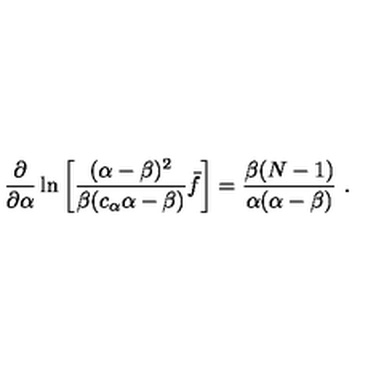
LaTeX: \frac { \partial } { \partial \alpha } \ln \left[ \frac { ( \alpha - \beta ) ^ { 2 } } { \beta ( c _ { \alpha } \alpha - \beta ) } \bar { f } \right] = \frac { \beta ( N - 1 ) } { \alpha ( \alpha - \beta ) } \ .